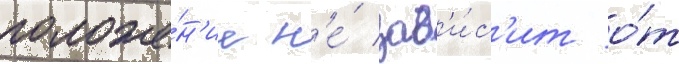
положе́н'ие н'е́ зав'и́с'ит о́т